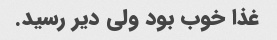
غذا خوب بود ولی دیر رسید.